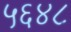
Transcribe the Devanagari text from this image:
५६४८